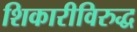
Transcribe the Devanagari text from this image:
शिकारीविरुद्ध